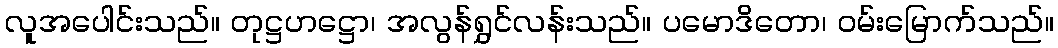
လူအပေါင်းသည်။ တုဋ္ဌဟဋ္ဌော၊ အလွန်ရွှင်လန်းသည်။ ပမောဒိတော၊ ဝမ်းမြောက်သည်။